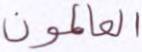
العالمون